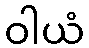
ဝါယံ